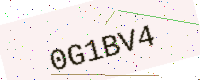
Text: 0G1BV4